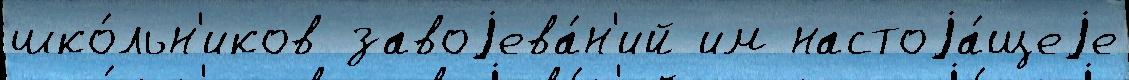
шко́льн'иков завоjева́н'ий им настоjа́щеjе